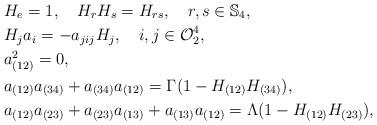
LaTeX: \begin{align*} & H_e=1, \,\,\, \,\,\, H_rH_s=H_{rs}, \,\,\, \,\,\, r, s\in \mathbb{S}_4,\\ & H_j a_i = -a_{jij} H_j, \,\,\, \,\,\, i, j\in \mathcal{O}^4_2, \\ & a^2_{(12)}=0, \\ & a_{(12)}a_{(34)} + a_{(34)}a_{(12)} = \Gamma(1 - H_{(12)}H_{(34)}), \\ & a_{(12)}a_{(23)} + a_{(23)}a_{(13)} + a_{(13)}a_{(12)} = \Lambda(1 - H_{(12)}H_{(23)}), \end{align*}